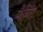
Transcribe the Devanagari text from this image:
मैचिँग